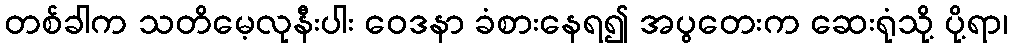
တစ်ခါက သတိမေ့လုနီးပါး ဝေဒနာ ခံစားနေရ၍ အပွတေးက ဆေးရုံသို့ ပို့ရာ၊